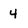
Character: 4